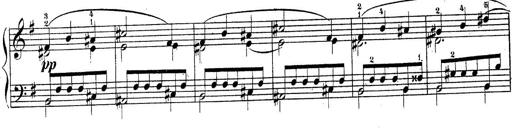
Title: Piano Sonatine No.2
Composer: Peter Piel
Key: G major